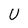
Character: U